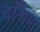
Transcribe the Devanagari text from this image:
दश्रिण